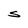
Character: S